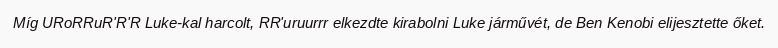
Míg URoRRuR'R'R Luke-kal harcolt, RR'uruurrr elkezdte kirabolni Luke járművét, de Ben Kenobi elijesztette őket.